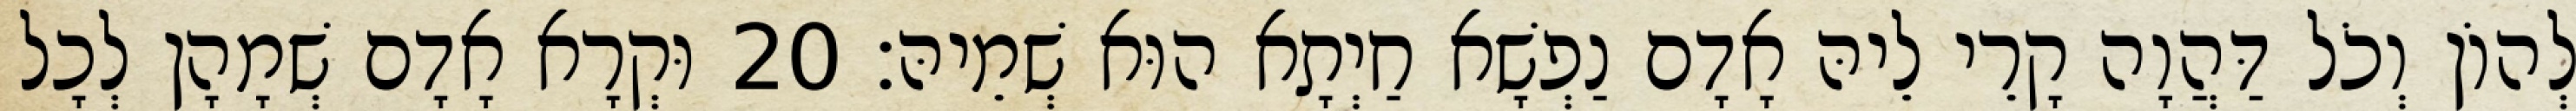
לְהוֹן וְכֹל דַּהֲוָה קָרֵי לֵיהּ אָדָם נַפְשָׁא חַיְתָא הוּא שְׁמֵיהּ׃ 20 וּקְרָא אָדָם שְׁמָהָן לְכָל